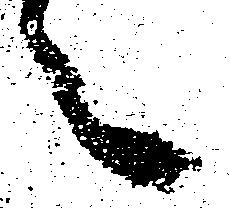
々